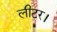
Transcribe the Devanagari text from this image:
लीटर।